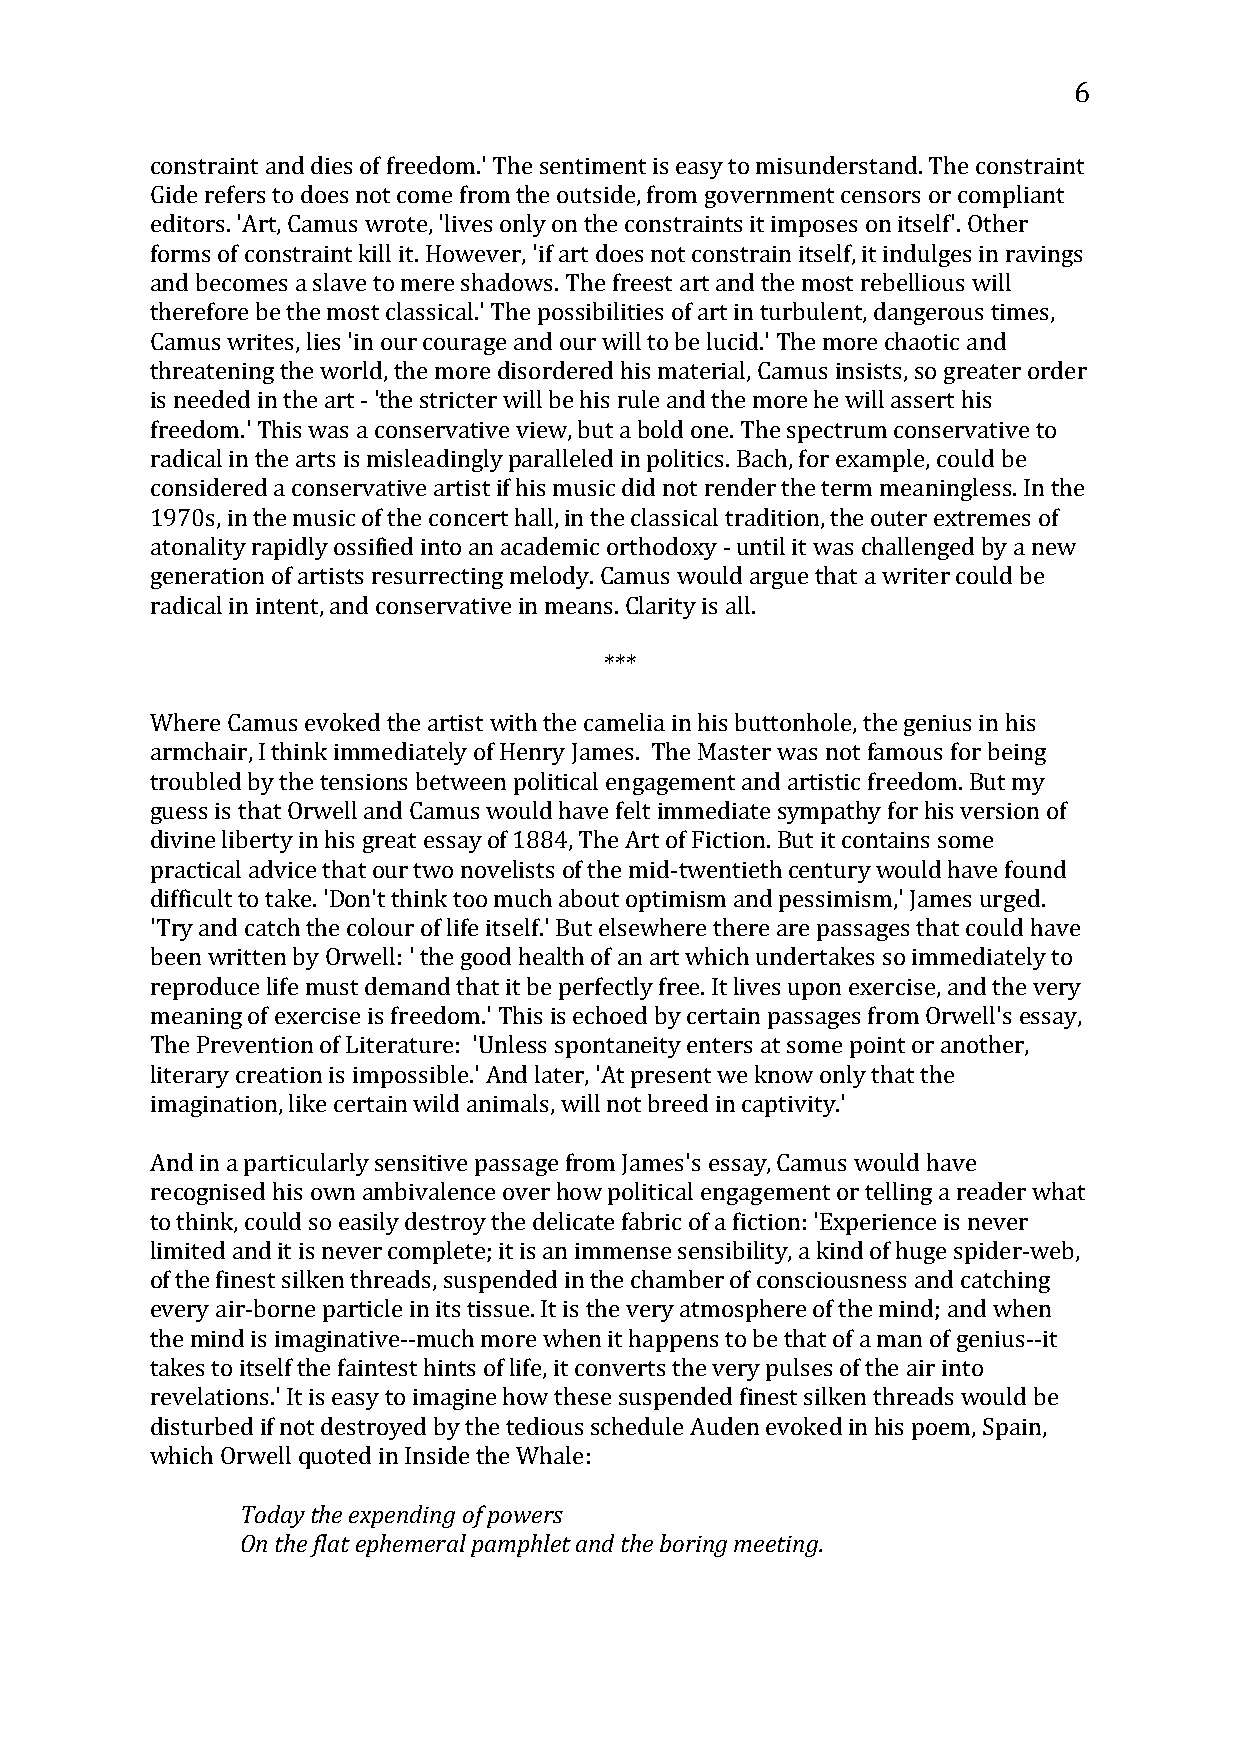
6
 constraint and dies of freedom.' The sentiment is easy to misunderstand. The constraint
 Gide refers to does not come from the outside, from government censors or compliant
 editors. 'Art, Camus wrote, 'lives only on the constraints it imposes on itself'. Other
 forms of constraint kill it. However, 'if art does not constrain itself, it indulges in ravings
 and becomes a slave to mere shadows. The freest art and the most rebellious will
 therefore be the most classical.' The possibilities of art in turbulent, dangerous times,
 Camus writes, lies 'in our courage and our will to be lucid.' The more chaotic and
 threatening the world, the more disordered his material, Camus insists, so greater order
 is needed in the art - 'the stricter will be his rule and the more he will assert his
 freedom.' This was a conservative view, but a bold one. The spectrum conservative to
 radical in the arts is misleadingly paralleled in politics. Bach, for example, could be
 considered a conservative artist if his music did not render the term meaningless. In the
 1970s, in the music of the concert hall, in the classical tradition, the outer extremes of
 atonality rapidly ossified into an academic orthodoxy - until it was challenged by a new
 generation of artists resurrecting melody. Camus would argue that a writer could be
 radical in intent, and conservative in means. Clarity is all.
 ***
 Where Camus evoked the artist with the camelia in his buttonhole, the genius in his
 armchair, I think immediately of Henry James. The Master was not famous for being
 troubled by the tensions between political engagement and artistic freedom. But my
 guess is that Orwell and Camus would have felt immediate sympathy for his version of
 divine liberty in his great essay of 1884, The Art of Fiction. But it contains some
 practical advice that our two novelists of the mid-twentieth century would have found
 difficult to take. 'Don't think too much about optimism and pessimism,' James urged.
 'Try and catch the colour of life itself.' But elsewhere there are passages that could have
 been written by Orwell: ' the good health of an art which undertakes so immediately to
 reproduce life must demand that it be perfectly free. It lives upon exercise, and the very
 meaning of exercise is freedom.' This is echoed by certain passages from Orwell's essay,
 The Prevention of Literature: 'Unless spontaneity enters at some point or another,
 literary creation is impossible.' And later, 'At present we know only that the
 imagination, like certain wild animals, will not breed in captivity.'
 And in a particularly sensitive passage from James's essay, Camus would have
 recognised his own ambivalence over how political engagement or telling a reader what
 to think, could so easily destroy the delicate fabric of a fiction: 'Experience is never
 limited and it is never complete; it is an immense sensibility, a kind of huge spider-web,
 of the finest silken threads, suspended in the chamber of consciousness and catching
 every air-borne particle in its tissue. It is the very atmosphere of the mind; and when
 the mind is imaginative--much more when it happens to be that of a man of genius--it
 takes to itself the faintest hints of life, it converts the very pulses of the air into
 revelations.' It is easy to imagine how these suspended finest silken threads would be
 disturbed if not destroyed by the tedious schedule Auden evoked in his poem, Spain,
 which OrTwoedlal yq tuhoet eedxp ienn Idnisnigd eo ft hpeo wWehrsa l e:
 On the flat ephemeral pamphlet and the boring meeting.